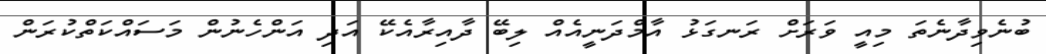
ބުނެވިދާނެތަ މިއީ ވަރަށް ރަނގަޅު އާމްދަނީއެއް ލިބޭ ދާއިރާއެކޭ އަދި އަންހެނުން މަސައްކަތްކުރަން